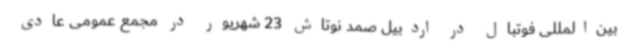
بین‌المللی فوتبال در اردبیل صمد نوتاش 23 شهریور در مجمع عمومی عادی